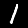
Digit: 1